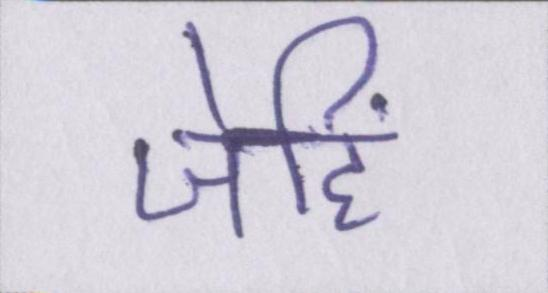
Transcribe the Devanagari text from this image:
जेहिं